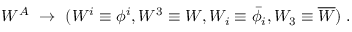
W ^ { A } \ \rightarrow \ ( W ^ { i } \equiv \phi ^ { i } , W ^ { 3 } \equiv W , W _ { i } \equiv \bar { \phi } _ { i } , W _ { 3 } \equiv \overline { { W } } ) \; .